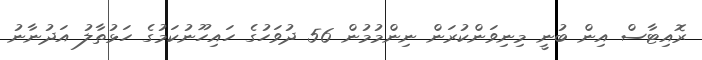
ރޮއިޓާސް އިން ބުނީ މިނިވަންކުރަން ނިންމުމުން 56 ދުވަހުގެ ހައިހޫނުކަމުގެ ހަޅުތާލު އަދުނާނު